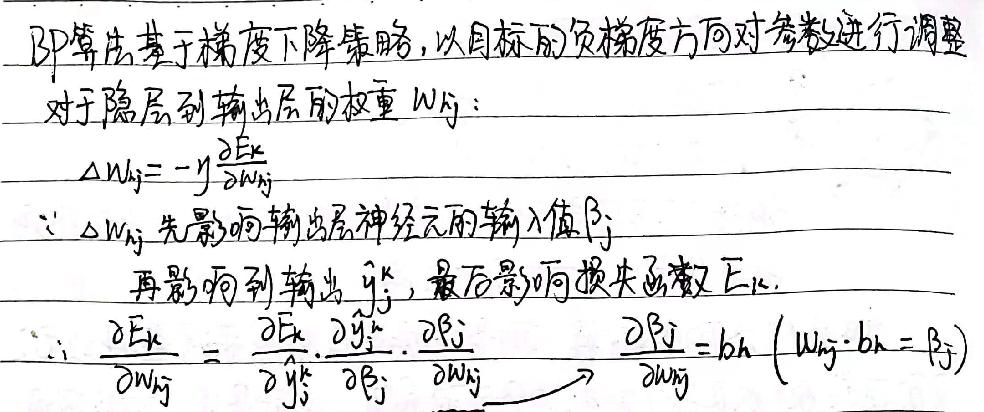
BP算法基于梯度下降策略，以目标的负梯度方向对参数进行调整。
对于隐层到输出层的权重 \( w_{ij} \)：
\[ \Delta w_{ij} = -\eta \frac{\partial E_k}{\partial w_{ij}} \]
\( \because \Delta w_{ij} \) 先影响输出层神经元的输入值 \( \beta_j \)
再影响到输出 \( \hat{y}_j^k \)，最后影响损失函数 \( E_k \)。
\[ \therefore \frac{\partial E_k}{\partial w_{ij}} = \frac{\partial E_k}{\partial \hat{y}_j^k} \cdot \frac{\partial \hat{y}_j^k}{\partial \beta_j} \cdot \frac{\partial \beta_j}{\partial w_{ij}} \quad \frac{\partial \beta_j}{\partial w_{ij}} = b_h \left( \sum_{h} w_{hj} \cdot b_h = \beta_j \right) \]